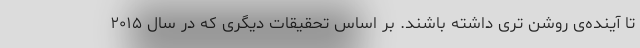
تا آینده‌ی روشن تری داشته باشند. بر اساس تحقیقات دیگری که در سال ۲۰۱۵